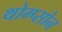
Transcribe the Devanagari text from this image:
थोम्प्सोन